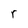
Character: r